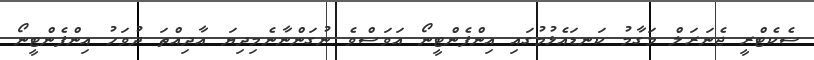
ސެކެޓްރީ ޖެނަރަލް މަގާމު ކަނޑައެޅުމުގައި އިންފެންޓީނޯ އަވަސްވެ ނުގަންނާނެމިދިޔަ އާދިއްތަ ދުވަހު އިންފެންޓީނޯ